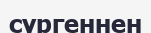
сүргеннен